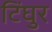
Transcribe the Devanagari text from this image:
टिंघुर